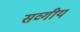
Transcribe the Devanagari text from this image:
सव्गीय